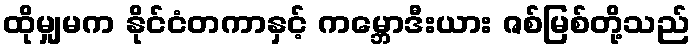
ထိုမျှမက နိုင်ငံတကာနှင့် ကမ္ဘောဒီးယား ဇစ်မြစ်တို့သည်